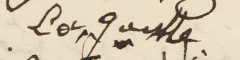
Loc. guille